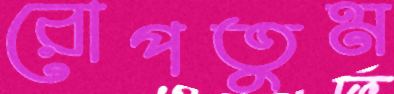
রোপতুম